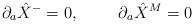
LaTeX: \begin{align*}\partial_a \hat{X}^-=0, \hspace{1.0cm} \partial_a \hat{X}^M=0\end{align*}